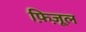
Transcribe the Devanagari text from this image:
फ़िज़ूल